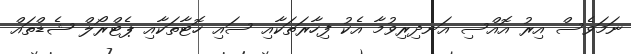
ނަމަވެސް އިރު އޮއްސި އަނދިރިވުމާ އެކު ފިހާރަތަކާއި ސައި ހޮޓާތަކާއި ޕެޓްރޯލް ޝެޑްތައް